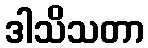
ဒါသိသတာ